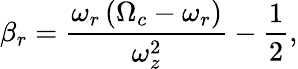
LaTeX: \beta_{r}=\frac{\omega_{r}\left(\Omega_{c}-\omega_{r}\right)}{\omega_{z}^{2}}-\frac{1}{2},